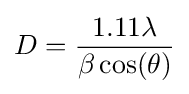
D={\frac {1.11\lambda }{\beta \cos(\theta )}}